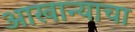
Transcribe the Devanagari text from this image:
आखान्याचा